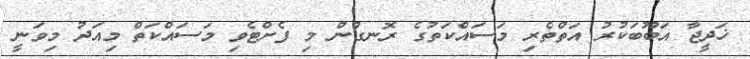
ޚަދީޖާ އަބޫބަކުރު އަތްތެރި މަސައްކަތުގެ ރޮނގުން މި ފެށްޓެވި މަސައްކަތް މިއަދު މިވަނީ